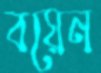
বয়েন